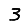
Digit: 3